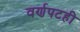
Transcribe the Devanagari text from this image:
वर्णपटही